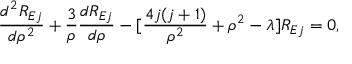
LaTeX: \frac { d ^ { 2 } R _ { E j } } { d \rho ^ { 2 } } + \frac { 3 } { \rho } \frac { d R _ { E j } } { d \rho } - [ \frac { 4 j ( j + 1 ) } { \rho ^ { 2 } } + \rho ^ { 2 } - \lambda ] R _ { E j } = 0 ,